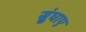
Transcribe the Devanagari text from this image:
सुंघाए